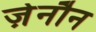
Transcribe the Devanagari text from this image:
ज़ेनौन